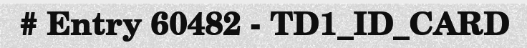
# Entry 60482 - TD1_ID_CARD